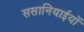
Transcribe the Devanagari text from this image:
ससानियाईयों